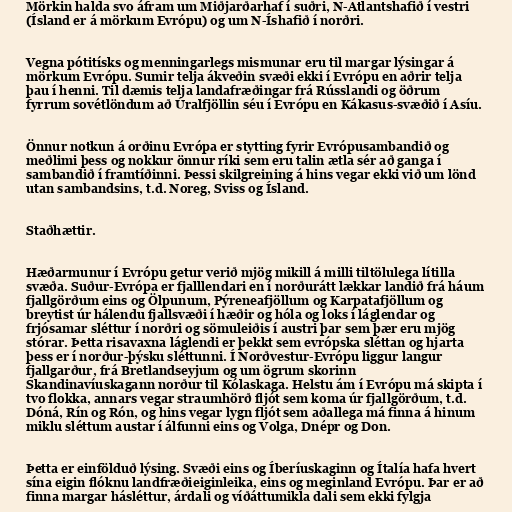
Mörkin halda svo áfram um Miðjarðarhaf í suðri, N-Atlantshafið í vestri
(Ísland er á mörkum Evrópu) og um N-Íshafið í norðri.

Vegna pótitísks og menningarlegs mismunar eru til margar lýsingar á
mörkum Evrópu. Sumir telja ákveðin svæði ekki í Evrópu en aðrir telja
þau í henni. Til dæmis telja landafræðingar frá Rússlandi og öðrum
fyrrum sovétlöndum að Úralfjöllin séu í Evrópu en Kákasus-svæðið í Asíu.

Önnur notkun á orðinu Evrópa er stytting fyrir Evrópusambandið og
meðlimi þess og nokkur önnur ríki sem eru talin ætla sér að ganga í
sambandið í framtíðinni. Þessi skilgreining á hins vegar ekki við um lönd
utan sambandsins, t.d. Noreg, Sviss og Ísland.

Staðhættir.

Hæðarmunur í Evrópu getur verið mjög mikill á milli tiltölulega lítilla
svæða. Suður-Evrópa er fjalllendari en í norðurátt lækkar landið frá háum
fjallgörðum eins og Ölpunum, Pýreneafjöllum og Karpatafjöllum og
breytist úr hálendu fjallsvæði í hæðir og hóla og loks í láglendar og
frjósamar sléttur í norðri og sömuleiðis í austri þar sem þær eru mjög
stórar. Þetta risavaxna láglendi er þekkt sem evrópska sléttan og hjarta
þess er í norður-þýsku sléttunni. Í Norðvestur-Evrópu liggur langur
fjallgarður, frá Bretlandseyjum og um ögrum skorinn
Skandinavíuskagann norður til Kólaskaga. Helstu ám í Evrópu má skipta í
tvo flokka, annars vegar straumhörð fljót sem koma úr fjallgörðum, t.d.
Dóná, Rín og Rón, og hins vegar lygn fljót sem aðallega má finna á hinum
miklu sléttum austar í álfunni eins og Volga, Dnépr og Don.

Þetta er einfölduð lýsing. Svæði eins og Íberíuskaginn og Ítalía hafa hvert
sína eigin flóknu landfræðieiginleika, eins og meginland Evrópu. Þar er að
finna margar hásléttur, árdali og víðáttumikla dali sem ekki fylgja